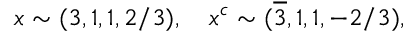
x \sim ( 3 , 1 , 1 , 2 / 3 ) , ~ ~ ~ x ^ { c } \sim ( \overline { { 3 } } , 1 , 1 , - 2 / 3 ) ,